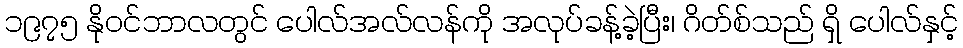
၁၉၇၅ နိုဝင်ဘာလတွင် ပေါလ်အလ်လန်ကို အလုပ်ခန့်ခဲ့ပြီး၊ ဂိတ်စ်သည် ရှိ ပေါလ်နှင့်